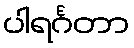
ပါရင်္ဂတာ